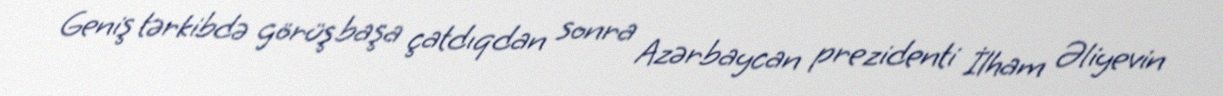
Geniş tərkibdə görüş başa çatdıqdan sonra Azərbaycan prezidenti İlham Əliyevin